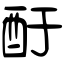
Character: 酑